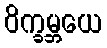
ဝိက္ခမ္ဘယေ